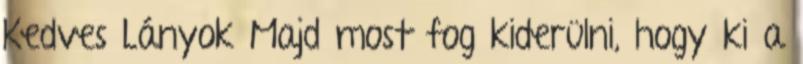
Kedves Lányok Majd most fog kiderülni, hogy ki a